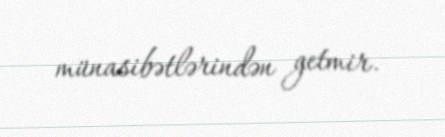
münasibətlərindən getmir.